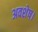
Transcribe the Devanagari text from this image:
अवशेष।